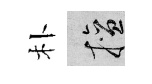
朴擅